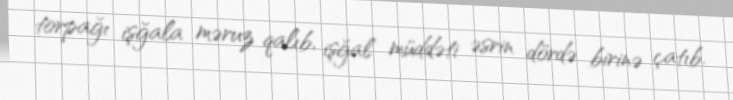
torpağı işğala məruz qalıb, işğal müddəti əsrin dördə birinə çatıb.